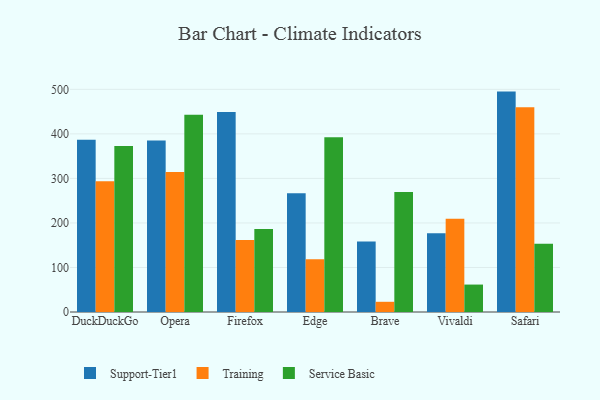
{"axis": {"x": "Browser", "y": "Backlog"}, "legend": ["Service Basic", "Support-Tier1", "Training"], "data": [{"x": "DuckDuckGo", "y": 387.0, "type": "Support-Tier1"}, {"x": "DuckDuckGo", "y": 293.4, "type": "Training"}, {"x": "DuckDuckGo", "y": 373.0, "type": "Service Basic"}, {"x": "Opera", "y": 385.2, "type": "Support-Tier1"}, {"x": "Opera", "y": 314.2, "type": "Training"}, {"x": "Opera", "y": 442.8, "type": "Service Basic"}, {"x": "Firefox", "y": 448.9, "type": "Support-Tier1"}, {"x": "Firefox", "y": 161.8, "type": "Training"}, {"x": "Firefox", "y": 186.4, "type": "Service Basic"}, {"x": "Edge", "y": 266.8, "type": "Support-Tier1"}, {"x": "Edge", "y": 118.2, "type": "Training"}, {"x": "Edge", "y": 392.5, "type": "Service Basic"}, {"x": "Brave", "y": 158.2, "type": "Support-Tier1"}, {"x": "Brave", "y": 22.9, "type": "Training"}, {"x": "Brave", "y": 269.6, "type": "Service Basic"}, {"x": "Vivaldi", "y": 177.1, "type": "Support-Tier1"}, {"x": "Vivaldi", "y": 209.2, "type": "Training"}, {"x": "Vivaldi", "y": 61.6, "type": "Service Basic"}, {"x": "Safari", "y": 494.9, "type": "Support-Tier1"}, {"x": "Safari", "y": 459.5, "type": "Training"}, {"x": "Safari", "y": 153.2, "type": "Service Basic"}]}